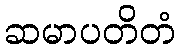
ဆမာပတိတံ